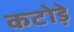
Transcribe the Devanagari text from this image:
कटोड़े